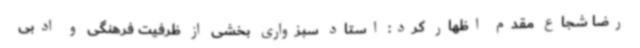
رضا شجاع مقدم اظهار کرد: استاد سبزواری بخشی از ظرفیت فرهنگی و ادبی